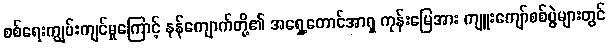
စစ်ရေးကျွမ်းကျင်မှုကြောင့် နန်ကျောက်တို့၏ အရှေ့တောင်အာရှ ကုန်းမြေအား ကျူးကျော်စစ်ပွဲများတွင်